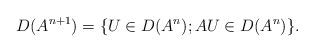
LaTeX: \begin{align*} D(A^{n+1}) = \{ U \in D(A^n); A U \in D(A^n)\}.\end{align*}